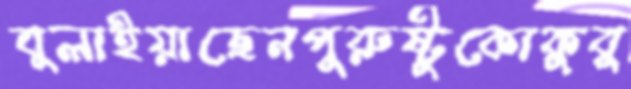
বুলাইয়াছেনপুরুষ্টুকোকুবু